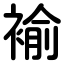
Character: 褕